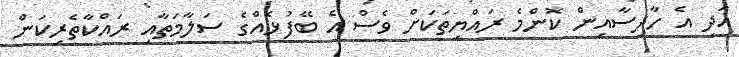
އަދި އެ ހާދިސާއިން ކޮންމެ ރައްޔިތަކަށް ވެސް އެ ބޭފުޅެއްގެ ސަލާމަތާއި ރައްކާތެރިކަން